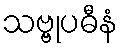
သဗ္ဗုပဓီနံ